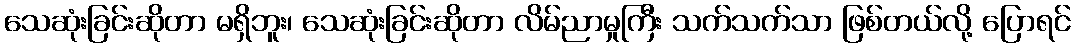
သေဆုံးခြင်းဆိုတာ မရှိဘူး၊ သေဆုံးခြင်းဆိုတာ လိမ်ညာမှုကြီး သက်သက်သာ ဖြစ်တယ်လို့ ပြောရင်